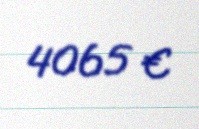
4065 €